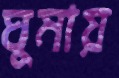
ঘুমায়